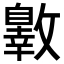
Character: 𣀐